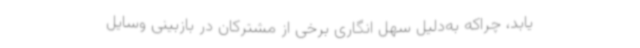
‌یابد، چراکه به‌دلیل سهل انگاری برخی از مشترکان در بازبینی وسایل